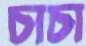
চাচা